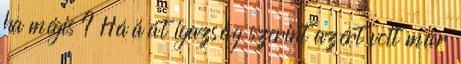
ha mégis ? Hááát igazság szerint azért volt már